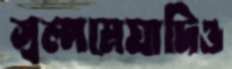
স্বল্পমেয়াদিও